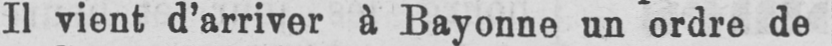
Il vient d’arriver à Bayonne un ordre de